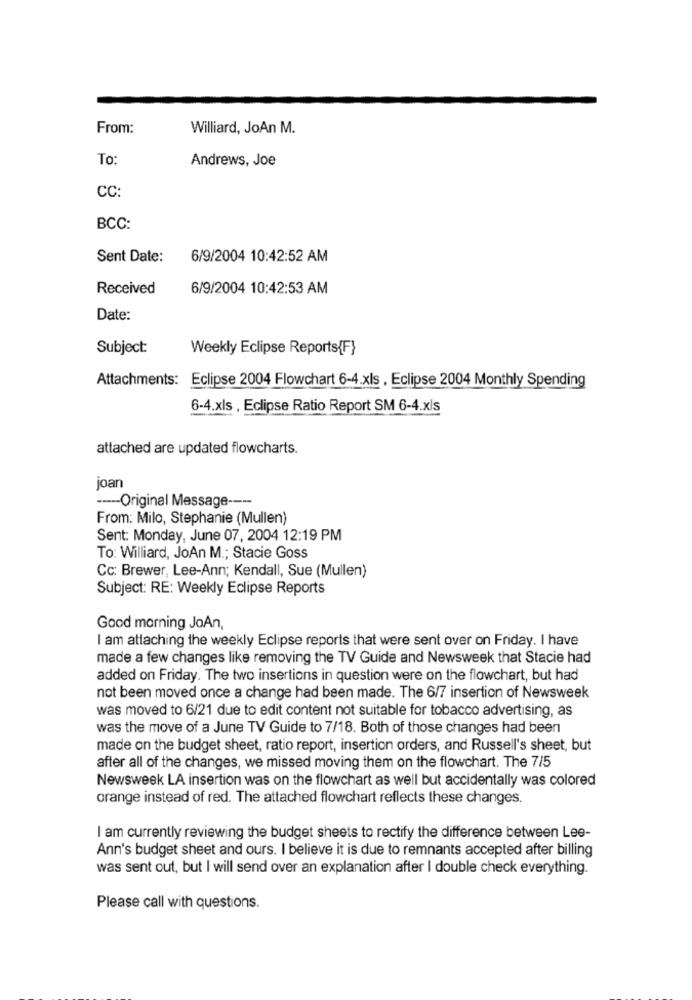
From:
Williard, JoAn M.
To:
Andrews, Joe
CC:
BCC:
Sent Date:
6/9/2004 10:42:52 AM
Received
6/9/2004 10:42:53 AM
Date:
Subject:
Weekly Eclipse Reports{F}
Attachments: Eclipse 2004 Flowchart 6-4.xls , Eclipse 2004 Monthly Spending
6-4.xls , Eclipse Ratio Report SM 6-4.xls
attached are updated flowcharts.
joan
----- Original Message ----
From: Milo, Stephanie (Mullen)
Sent: Monday, June 07, 2004 12:19 PM
To: Williard, JoAn M .; Stacie Goss
Cc: Brewer, Lee-Ann; Kendall, Sue (Mullen)
Subject: RE: Weekly Eclipse Reports
Good morning JoAn,
I am attaching the weekly Eclipse reports that were sent over on Friday. I have
made a few changes like removing the TV Guide and Newsweek that Stacie had
added on Friday. The two insertions in question were on the flowchart, but had
not been moved once a change had been made. The 6/7 insertion of Newsweek
was moved to 6/21 due to edit content not suitable for tobacco advertising, as
was the move of a June TV Guide to 7/18. Both of those changes had been
made on the budget sheet, ratio report, insertion orders, and Russell's sheet, but
after all of the changes, we missed moving them on the flowchart. The 7/5
Newsweek LA insertion was on the flowchart as well but accidentally was colored
orange instead of red. The attached flowchart reflects these changes.
I am currently reviewing the budget sheets to rectify the difference between Lee-
Ann's budget sheet and ours. I believe it is due to remnants accepted after billing
was sent out, but I will send over an explanation after I double check everything.
Please call with questions.